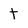
Character: t